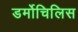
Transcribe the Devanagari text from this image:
डर्मोचिलिस